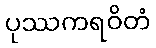
ပုဿကရဝိတံ